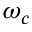
\omega _ { c }